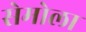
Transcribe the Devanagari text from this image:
सेमोला